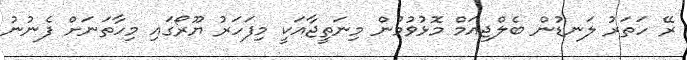
ރޭ ހަތަރު ލަނޑުން ބެލްޖިއަމް މޮޅުވުމުން މިނަތީޖާއަކީ މިފަހަރު ޔޫރޯގައި މިހާތަނަށް ފެނުނު